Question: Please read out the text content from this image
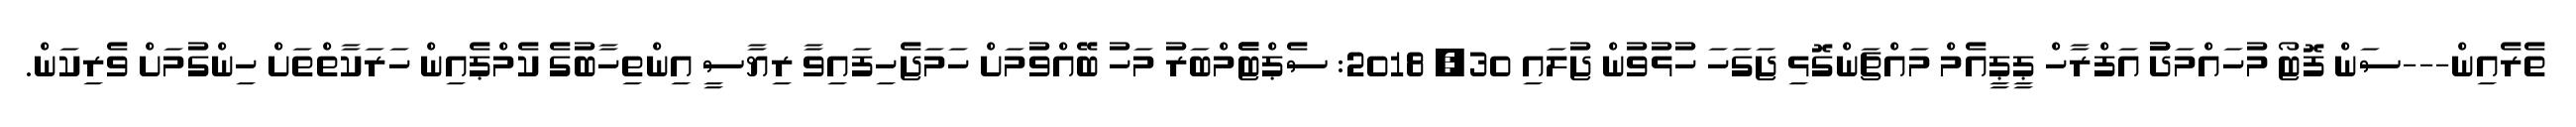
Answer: ތެރެއިން---ސަން ފޮޓޯ މުހައްމަދުު އަފްރާހް ޕީޕީއެމް މައްޗަންގޮޅި ޖަގަހަ ހުޅުވުން ޖުލައި 30, 2018: ސެޕްޓެެމްބަރު މަހު ބޭއްވުމަށް ހަމަޖެހިފައިވާ ރިޔާސީ އިންތިހާބުގެ ކެމްޕެއިން ހަރަކާތްތަށް ހިންގުމަށް ވެރިކަން.